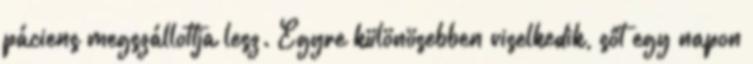
páciens megszállottja lesz. Egyre különösebben viselkedik, sőt egy napon